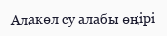
Алакөл су алабы өңірі